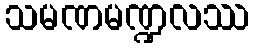
သမဏမဏ္ဍလဿ